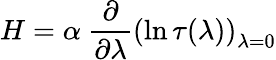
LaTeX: H=\alpha\ \frac{\partial}{\partial\lambda}\left(\ln\tau(\lambda)\right)_{\lambda=0}